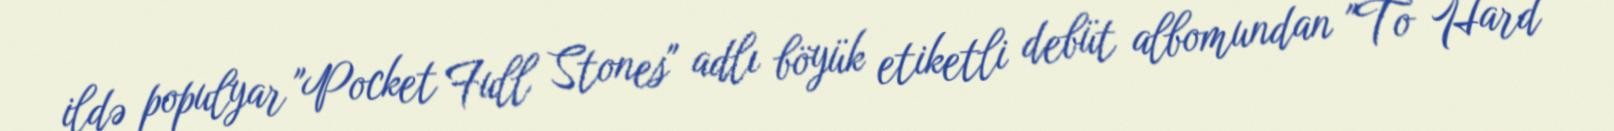
ildə populyar "Pocket Full Stones" adlı böyük etiketli debüt albomundan "To Hard